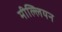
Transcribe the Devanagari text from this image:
मील्लियन